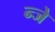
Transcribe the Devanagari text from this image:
न्जे